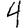
Digit: 4